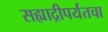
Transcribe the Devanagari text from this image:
सह्याद्रीपर्यंतचा